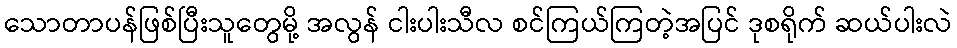
သောတာပန်ဖြစ်ပြီးသူတွေမို့ အလွန် ငါးပါးသီလ စင်ကြယ်ကြတဲ့အပြင် ဒုစရိုက် ဆယ်ပါးလဲ